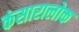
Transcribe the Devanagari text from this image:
कंसारालोक